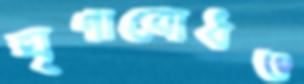
ঘৃণাবোধও